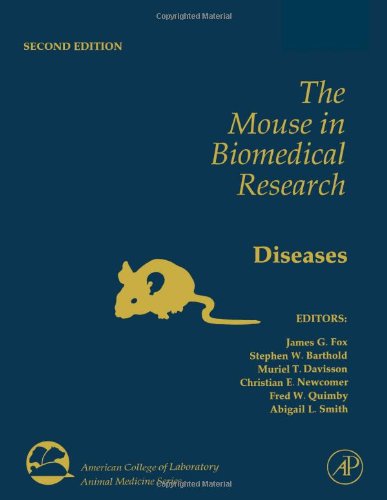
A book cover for The Mouse in Biomedical Research, Volume 1, Second Edition: History, Wild Mice, and Genetics (American College of Laboratory Animal Medicine); Medical Books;